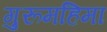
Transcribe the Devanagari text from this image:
गुरूमहिमा